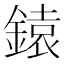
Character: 鎱